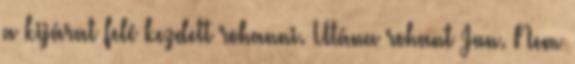
a kijárat felé kezdett rohanni. Utána rohant Jun. Nem